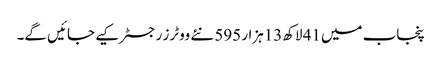
پنجاب میں41 لاکھ13ہزار 595 نئے ووٹرز رجسٹر کیے جائیں گے۔